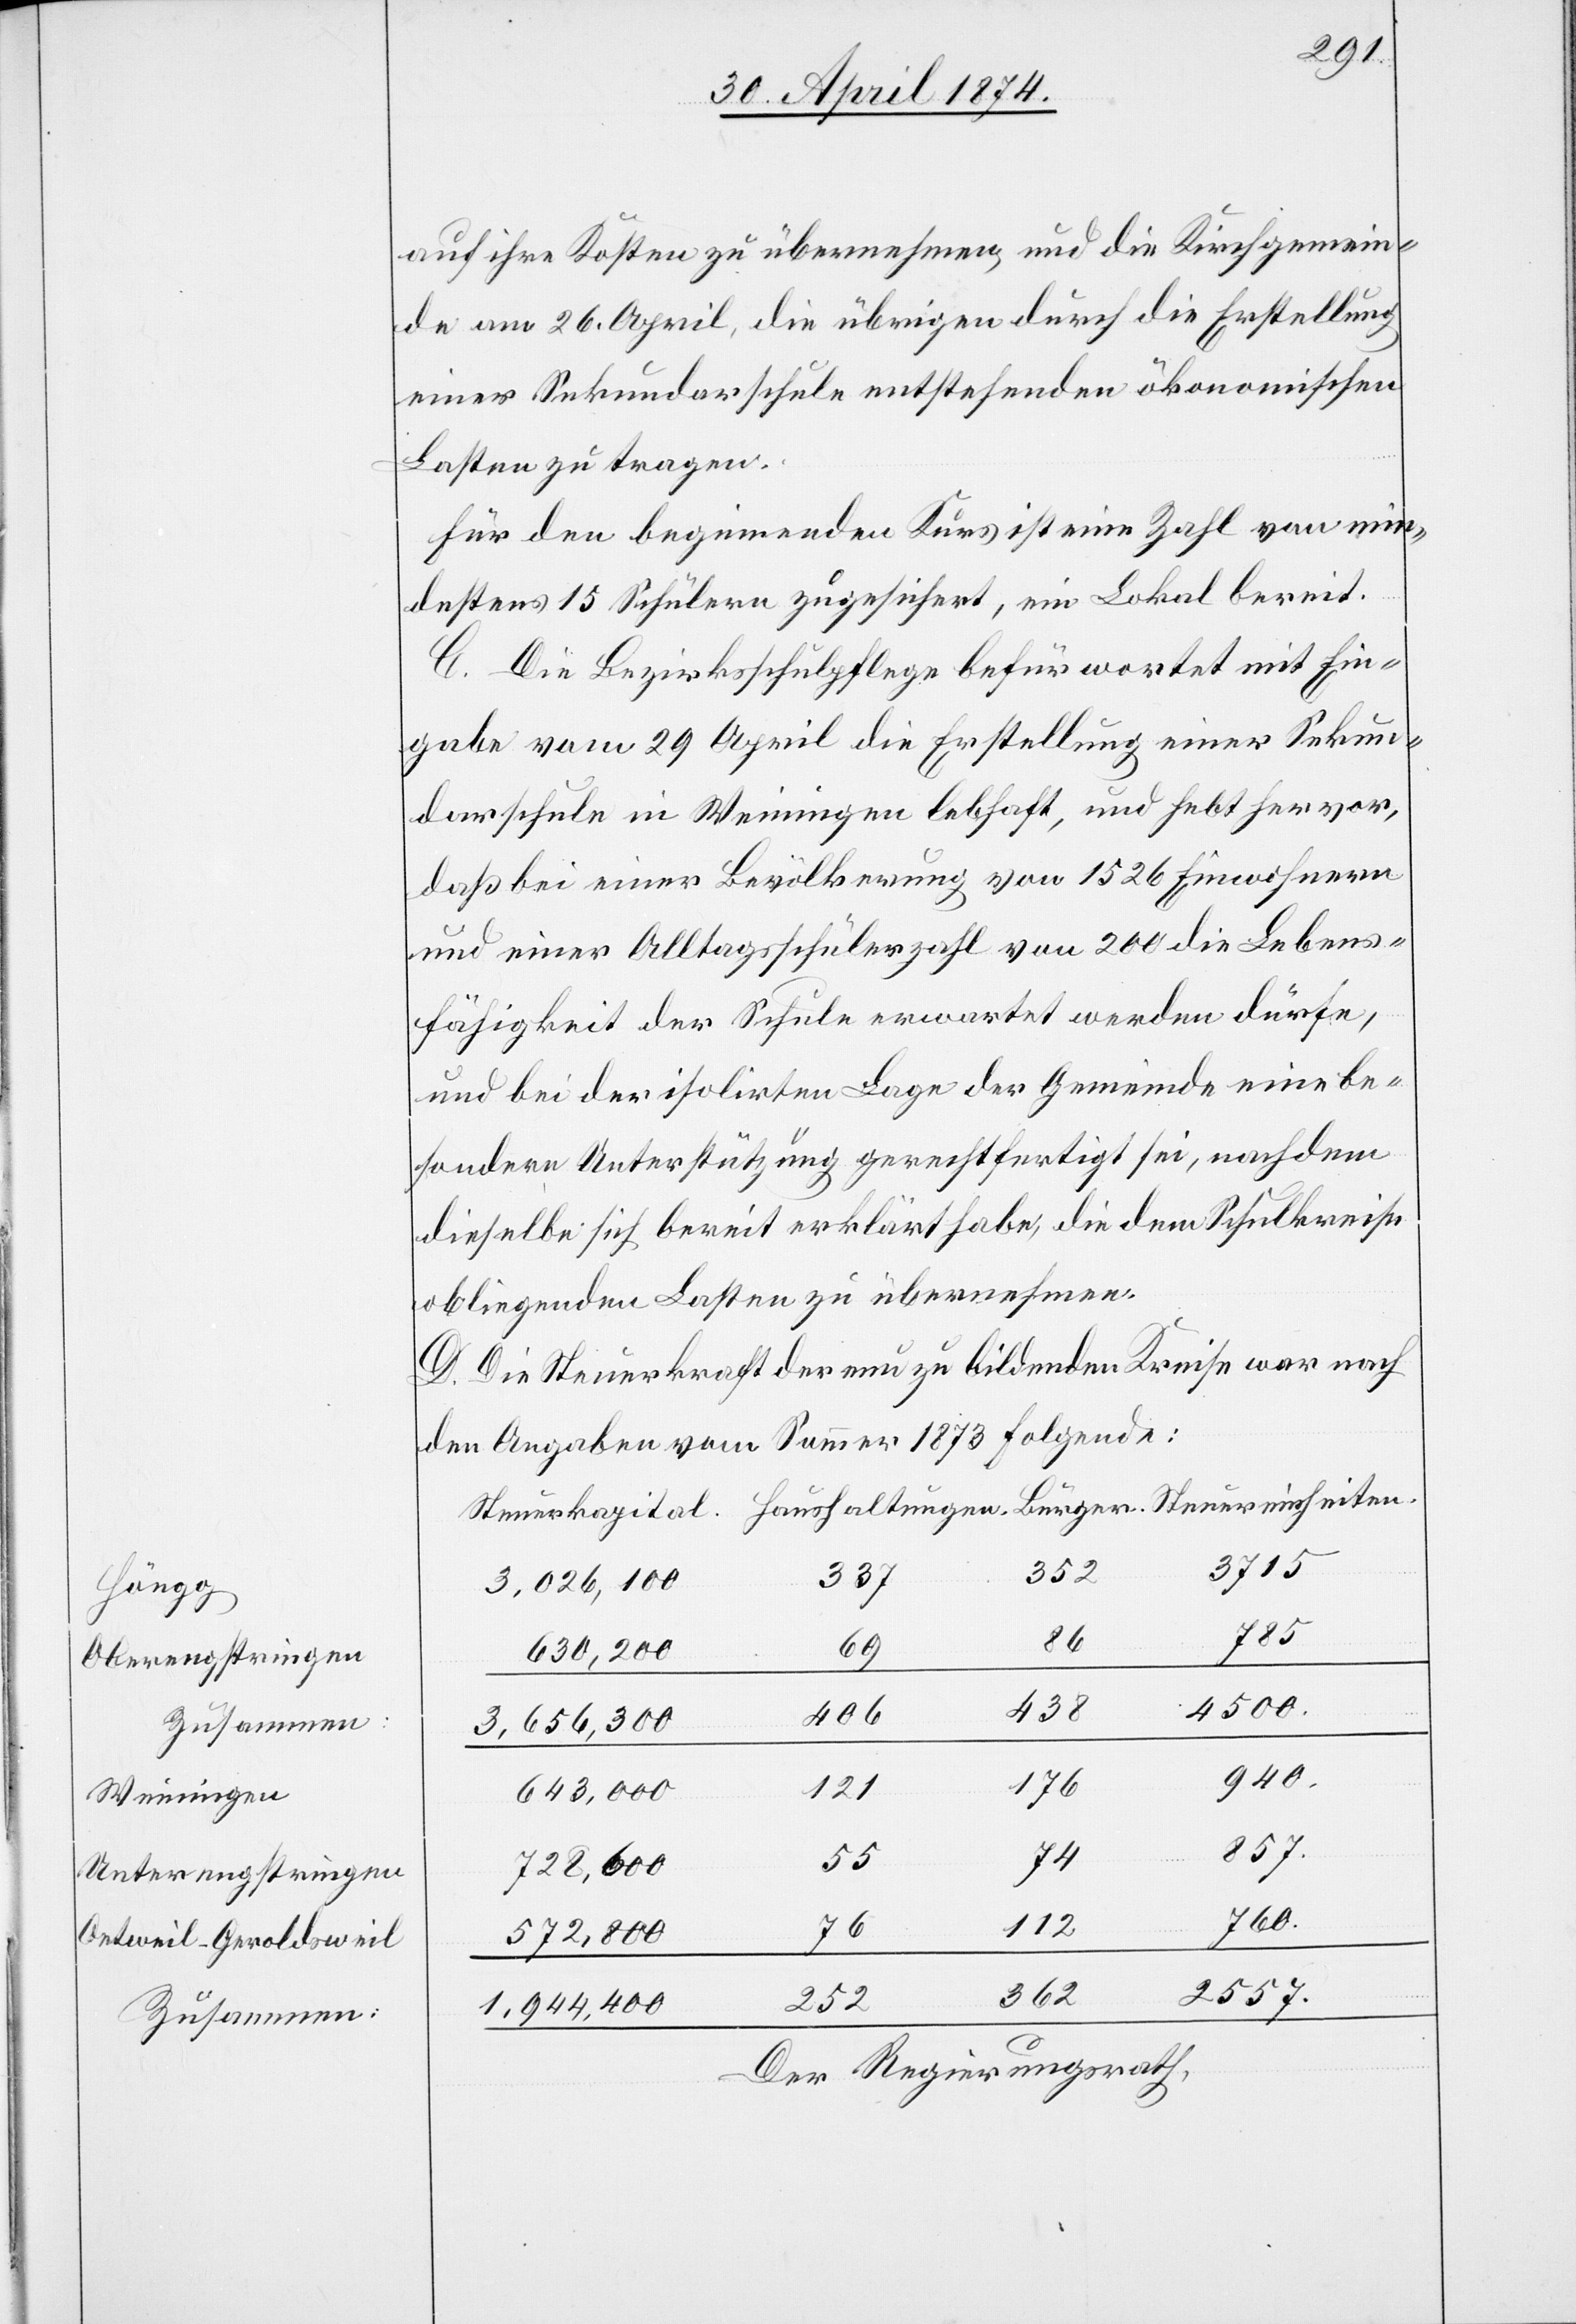
Höngg
Oberengstringen
Zusammen:
Weiningen
Unterengstringen
Oetweil-Geroldsweil

auf ihre Kosten zu übernehmen, und die Kirchgemein¬
de am 26. April die übrigen durch die Erstellung
einer Sekundarschule entstehenden ökonomischen
Lasten zu tragen.
Für den beginnenden Kurs ist eine Zahl von min¬
destens 15 Schülern zugesichert, ein Lokal bereit.
C. Die Bezirksschulpflege befürwortet mit Ein¬
gabe vom 29. April die Erstellung einer Sekun¬
darschule in Weiningen lebhaft, und hebt hervor,
daß bei einer Bevölkerung von 1526 Einwohnern
und einer Alltagsschülerzahl von 200 die Lebens¬
fähigkeit der Schule erwartet werden dürfe,
und bei der isolirten Lage der Gemeinde eine be¬
sondere Unterstützung gerechtfertigt sei, nachdem
dieselbe sich bereit erklärt habe, die dem Schulkreise
obliegenden Lasten zu übernehmen.
D. Die Steuerkraft der neu zu bildenden Kreise war nach
den Angaben vom Sommer 1873 folgende:
3715
352
525
3,026,100
785
86
69
643,300
4500
406
3,656,300
940
176
121
857
74
55
728,600
112
760
572,800
362
2557
1,944,400
Der Regierungsrath,